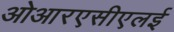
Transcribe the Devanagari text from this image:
ओआरएसीएलई